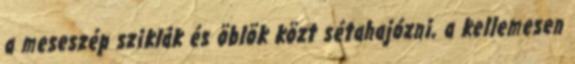
a meseszép sziklák és öblök közt sétahajózni, a kellemesen